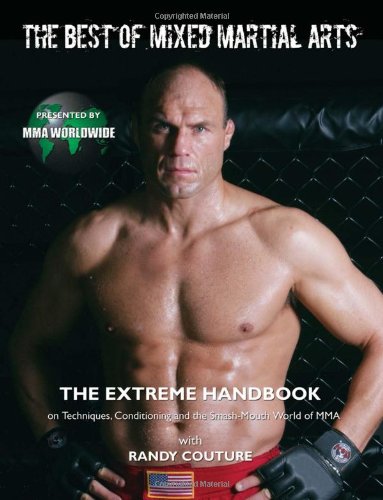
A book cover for The Best of Mixed Martial Arts: The Extreme Handbook on Techniques, Conditioning and the Smash-Mouth World of MMA; MMA Worldwide; Sports & Outdoors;